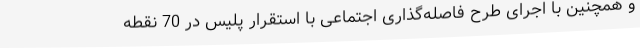
و همچنین با اجرای طرح فاصله‌گذاری اجتماعی با استقرار پلیس در 70 نقطه